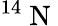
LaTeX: ^{14}\mathrm{~N~}